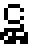
ဋ္ဌ